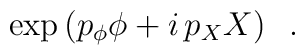
\exp\left( p_{\phi} \phi + i\, p_{X} X \right) \;\; .